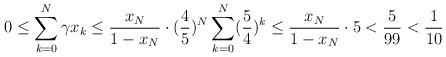
\begin{align*}0 \leq \sum \limits_{k=0}^N \gamma x_k \leq \frac{x_N}{1-x_N} \cdot (\frac45)^N \sum \limits_{k=0}^N (\frac54)^k \leq \frac{x_N}{1-x_N} \cdot 5 < \frac5{99} < \frac1{10}\end{align*}